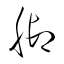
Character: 脚